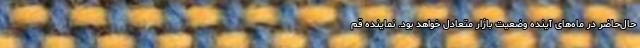
حال‌حاضر در ماه‌های آینده وضعیت بازار متعادل خواهد بود. نماینده قم